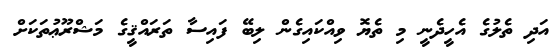
އަދި ތެލުގެ އެހީދެނީ މި ތެޔޮ ވިއްކައިގެން ލިބޭ ފައިސާ ތަރައްޤީގެ މަޝްރޫޢުތަކަށް